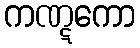
ကဏ္ဋကော